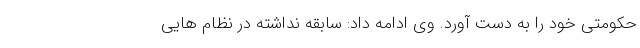
حکومتی خود را به دست آورد. وی ادامه داد: سابقه نداشته در نظام هایی